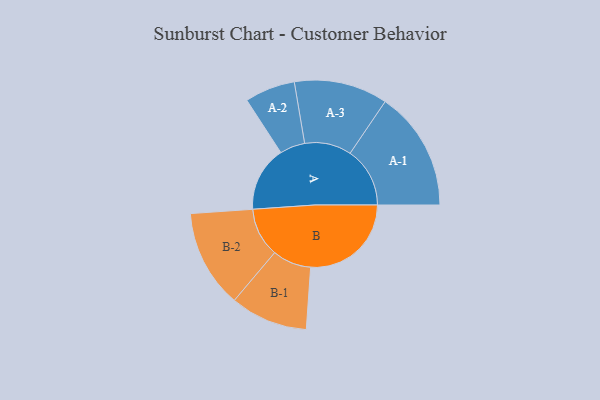
{"axis": {"x": "Segment", "y": "Value"}, "legend": ["", "A", "B"], "data": [{"x": "A", "y": 316, "type": ""}, {"x": "B", "y": 488, "type": ""}, {"x": "A-1", "y": 290, "type": "A"}, {"x": "A-2", "y": 122, "type": "A"}, {"x": "A-3", "y": 227, "type": "A"}, {"x": "B-1", "y": 188, "type": "B"}, {"x": "B-2", "y": 238, "type": "B"}]}